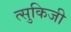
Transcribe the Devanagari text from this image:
त्सुकिजी